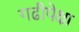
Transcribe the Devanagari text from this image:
गढीपेक्षा